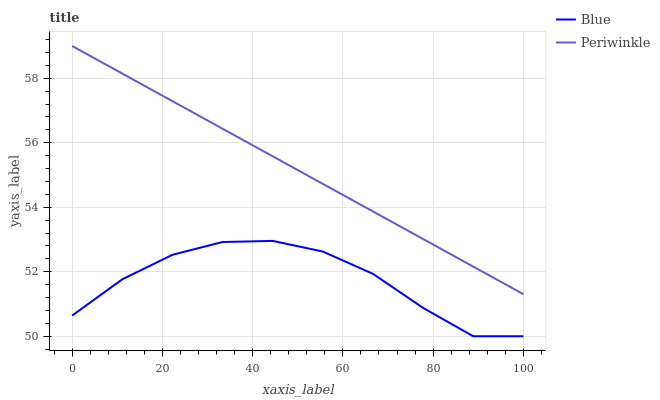
| xaxis_label | Blue | Periwinkle |
 | --- | --- | --- |
 | 0 | 50.6 | 59 |
 | 11.1 | 51.8 | 58.1 |
 | 22.2 | 52.5 | 57.3 |
 | 33.3 | 52.9 | 56.4 |
 | 44.4 | 53 | 55.6 |
 | 55.6 | 52.6 | 54.7 |
 | 66.7 | 51.9 | 53.9 |
 | 77.8 | 50.9 | 53 |
 | 88.9 | 50 | 52.2 |
 | 100 | 50 | 51.3 |